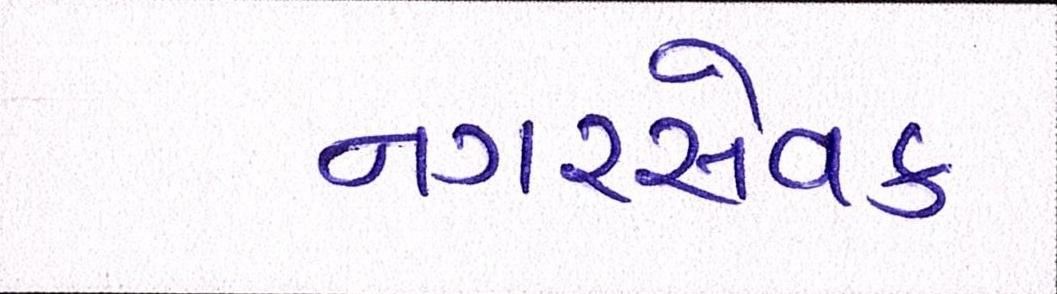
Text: નગરસેવક